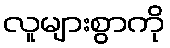
လူများစွာကို